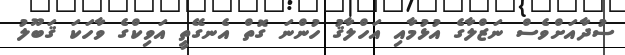
ސުދާއަށްވެސް ނަޒްލާގެ އުޅުމާއި އަހްލާޤު ހުންނަ ގޮތް އެނގޭތީ އަވިކްގެ ވާހަކަ ޤަބޫލު